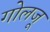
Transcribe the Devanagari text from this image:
गोलजू